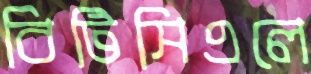
বিটিসিএলে